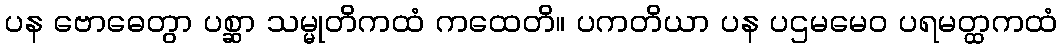
ပန ဗောဓေတွာ ပစ္ဆာ သမ္မုတိကထံ ကထေတိ။ ပကတိယာ ပန ပဌမမေဝ ပရမတ္ထကထံ